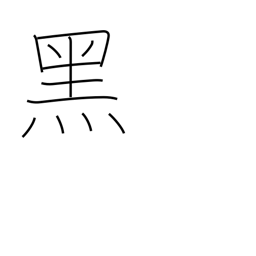
Meaning: sinister